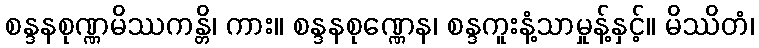
စန္ဒနစုဏ္ဏမိဿကန္တိ၊ ကား။ စန္ဒနစုဏ္ဏေန၊ စန္ဒကူးနံ့သာမှုန့်နှင့်။ မိဿိတံ၊